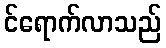
င်ရောက်လာသည်